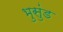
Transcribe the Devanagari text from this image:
भुसुंड